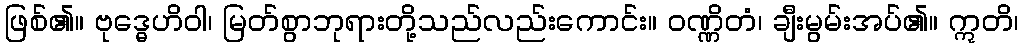
ဖြစ်၏။ ဗုဒ္ဓေဟိဝါ၊ မြတ်စွာဘုရားတို့သည်လည်းကောင်း။ ဝဏ္ဏိတံ၊ ချီးမွမ်းအပ်၏။ ဣတိ၊